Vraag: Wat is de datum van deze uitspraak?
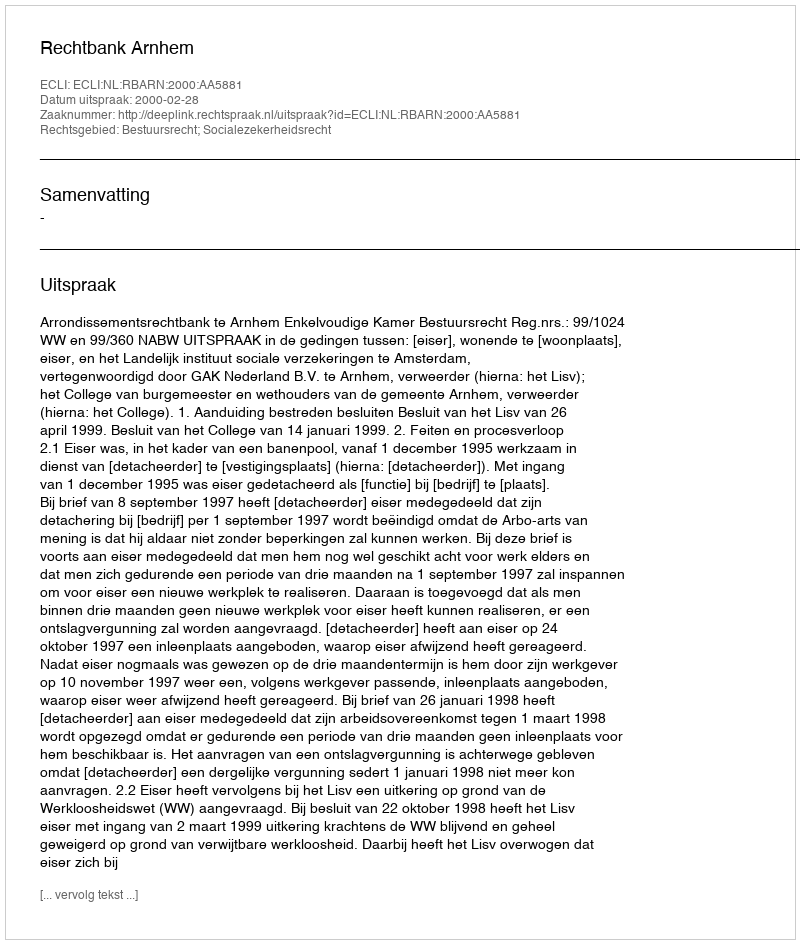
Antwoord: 2000-02-28